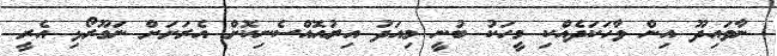
ނާވައިދޫ އިން ވާހަކަދެއްކި މީހަކު ބުނީ މިއަދު އިރުއޮއްސެނިކޮށް އެރަށަށް ނަގޫރޯޅި އެރީ